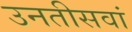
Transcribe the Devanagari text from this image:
उनतीसवां